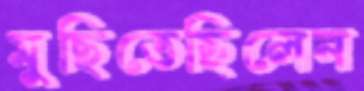
মুছিতেছিলেন